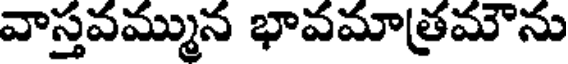
వాస్తవమ్మున భావమాత్రమౌను